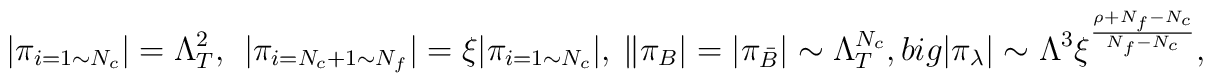
\big|\pi_{i=1 \sim N_c} \big|  = \Lambda_T^2, \ \ \big|\pi_{i=N_c+1 \sim N_f} \big|  = \xi\big|\pi_{i=1 \sim N_c} \big| ,  \ \|\pi_B| = |\pi_{\bar B}| \sim \Lambda_T^{N_c}, \ \\big|\pi_\lambda\big| \sim \Lambda^3\xi^{\frac{\rho+N_f-N_c}{N_f-N_c}},